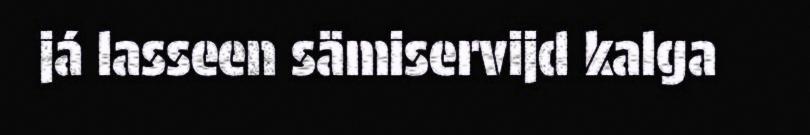
já lasseen sämiservijd kalga